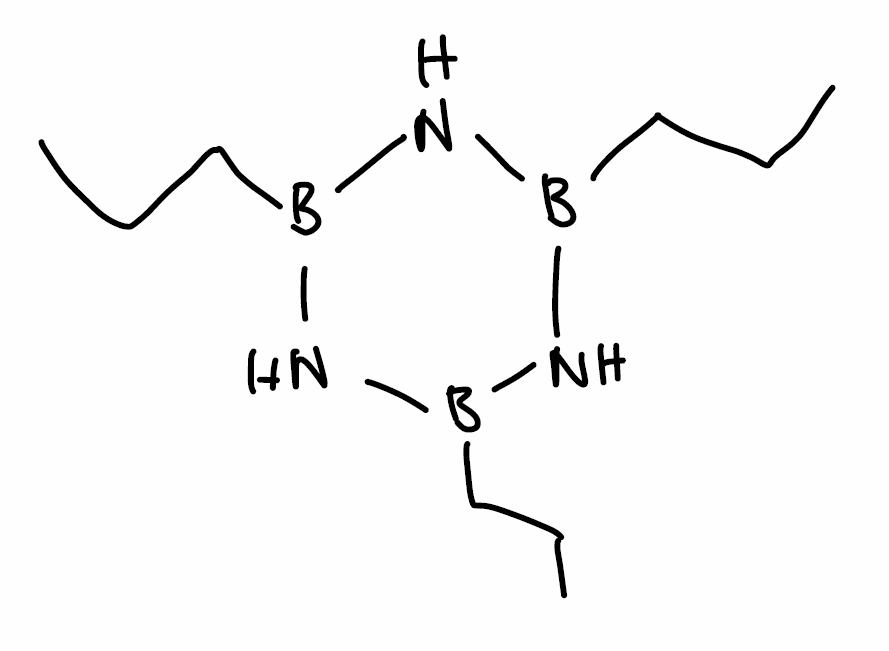
Simplified molecular-input line-entry system (SMILES) notation of the given molecule:
B1(NB(NB(N1)CCC)CCC)CCC